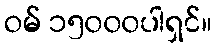
ဝမ် ၁၅၀၀၀ပါရှင်။